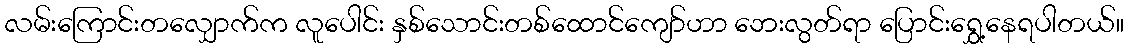
လမ်းကြောင်းတလျှောက်က လူပေါင်း နှစ်သောင်းတစ်ထောင်ကျော်ဟာ ဘေးလွတ်ရာ ပြောင်းရွှေ့နေရပါတယ်။